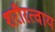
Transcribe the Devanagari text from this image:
शरीरत्वाय